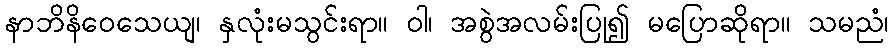
နာဘိနိဝေသေယျ၊ နှလုံးမသွင်းရာ။ ဝါ၊ အစွဲအလမ်းပြု၍ မပြောဆိုရာ။ သမညံ၊